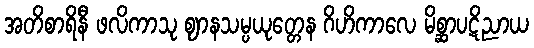
အတိစာရိနီ ဖလိကာသု ဈာနသမ္ပယုတ္တေန ဂိဟိကာလေ မိစ္ဆာပဋိညာယ